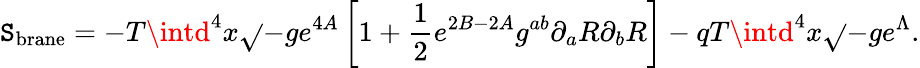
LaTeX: \mathtt{S}_{\mathrm{{brane}}}=-T\intd^{4}x\sqrt{}{{-g}}e^{4A}\left[1+\frac{{1}}{{2}}e^{2B-2A}g^{ab}\partial_{a}R\partial_{b}R\right]-qT\intd^{4}x\sqrt{}{{-g}}e^{\Lambda}.